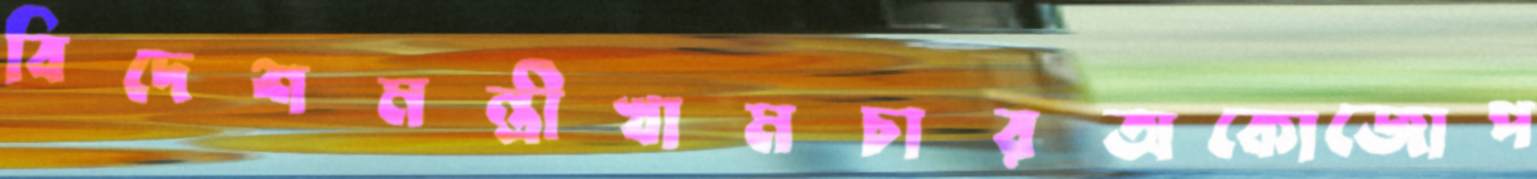
বিদেশমন্ত্রীখামচারঅকোজোপ